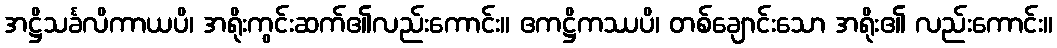
အဋ္ဌိသင်္ခလိကာယပိ၊ အရိုးကွင်းဆက်၏လည်းကောင်း။ ဧကဋ္ဌိကဿပိ၊ တစ်ချောင်းသော အရိုး၏ လည်းကောင်း။